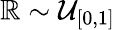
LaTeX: \mathbb{R}\sim\mathcal{{U}}_{[0,1]}